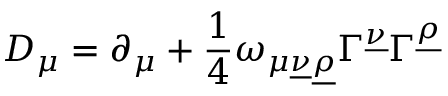
{ \cal D } _ { \mu } = \partial _ { \mu } + { \frac { 1 } { 4 } } \omega _ { \mu \underline { { { \nu } } } \underline { { { \rho } } } } \Gamma ^ { \underline { { { \nu } } } } \Gamma ^ { \underline { { { \rho } } } }